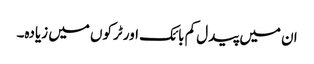
ان میں پیدل کم بائک اور ٹرکوں میں زیادہ۔